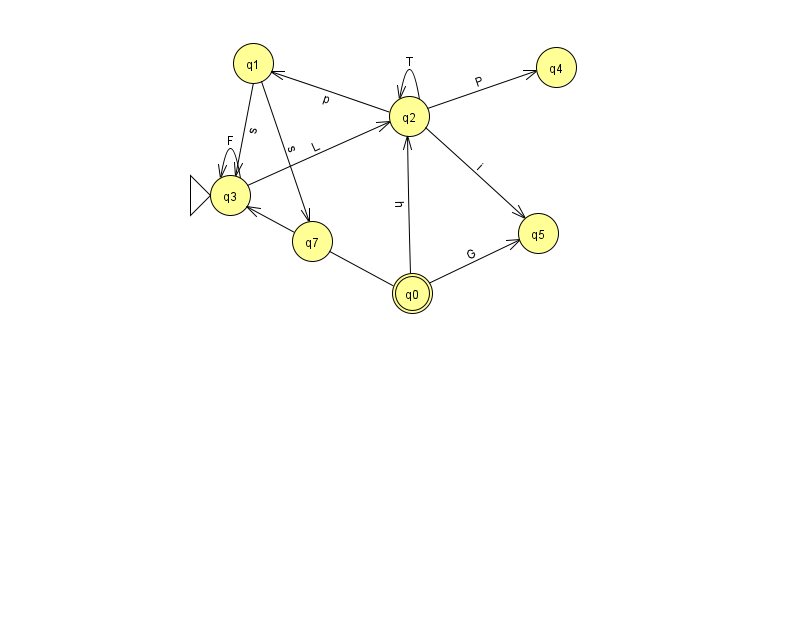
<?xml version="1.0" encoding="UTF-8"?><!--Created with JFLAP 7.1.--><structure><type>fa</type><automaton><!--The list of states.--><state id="0" name="q0"><x>412.0</x><y>280.0</y><final/></state><state id="1" name="q1"><x>253.0</x><y>50.0</y></state><state id="2" name="q2"><x>409.0</x><y>103.0</y></state><state id="3" name="q3"><x>230.0</x><y>182.0</y><initial/></state><state id="4" name="q4"><x>556.0</x><y>54.0</y></state><state id="5" name="q5"><x>538.0</x><y>220.0</y></state><state id="7" name="q7"><x>312.0</x><y>228.0</y></state><!--The list of transitions.--><transition><from>0</from><to>2</to><read>h</read></transition><transition><from>1</from><to>3</to><read>s</read></transition><transition><from>2</from><to>4</to><read>P</read></transition><transition><from>2</from><to>2</to><read>T</read></transition><transition><from>0</from><to>3</to><read>z</read></transition><transition><from>2</from><to>1</to><read>p</read></transition><transition><from>3</from><to>3</to><read>F</read></transition><transition><from>2</from><to>5</to><read>i</read></transition><transition><from>3</from><to>2</to><read>L</read></transition><transition><from>1</from><to>7</to><read>s</read></transition><transition><from>0</from><to>5</to><read>G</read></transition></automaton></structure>